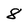
Character: 8